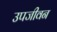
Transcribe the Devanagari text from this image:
उपजीवन